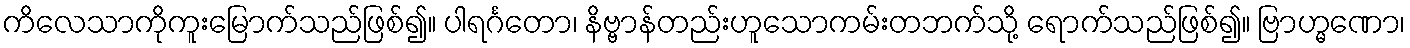
ကိလေသာကိုကူးမြောက်သည်ဖြစ်၍။ ပါရင်္ဂတော၊ နိဗ္ဗာန်တည်းဟူသောကမ်းတဘက်သို့ ရောက်သည်ဖြစ်၍။ ဗြာဟ္မဏော၊